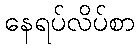
နေရပ်လိပ်စာ